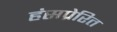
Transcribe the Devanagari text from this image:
हंसप्रेरित